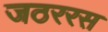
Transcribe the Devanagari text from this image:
जठररस